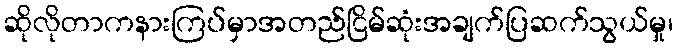
ဆိုလိုတာကနားကြပ်မှာအတည်ငြိမ်ဆုံးအချက်ပြဆက်သွယ်မှု၊